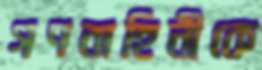
গণবাহিনীকে